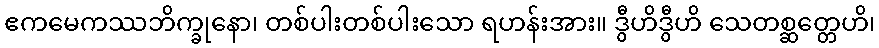
ဧကမေကဿဘိက္ခုနော၊ တစ်ပါးတစ်ပါးသော ရဟန်းအား။ ဒွီဟိဒွီဟိ သေတစ္ဆတ္တေဟိ၊